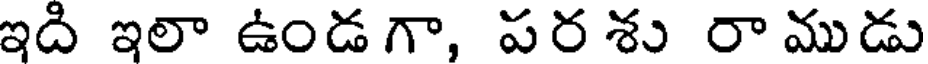
ఇది ఇలా ఉండ గా, పర శు రా ముడు